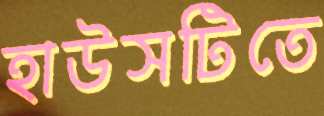
হাউসটিতে